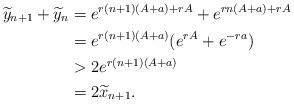
LaTeX: \begin{align*}\widetilde y_{n+1} + \widetilde y_n& = e^{r(n+1)(A+a)+rA}+e^{rn(A+a)+rA} \\& = e^{r(n+1)(A+a)}(e^{rA}+e^{-ra}) \\& > 2e^{r(n+1)(A+a)} \\& = 2 \widetilde x_{n+1}.\end{align*}